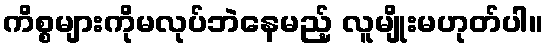
ကိစ္စများကိုမလုပ်ဘဲနေမည့် လူမျိုးမဟုတ်ပါ။